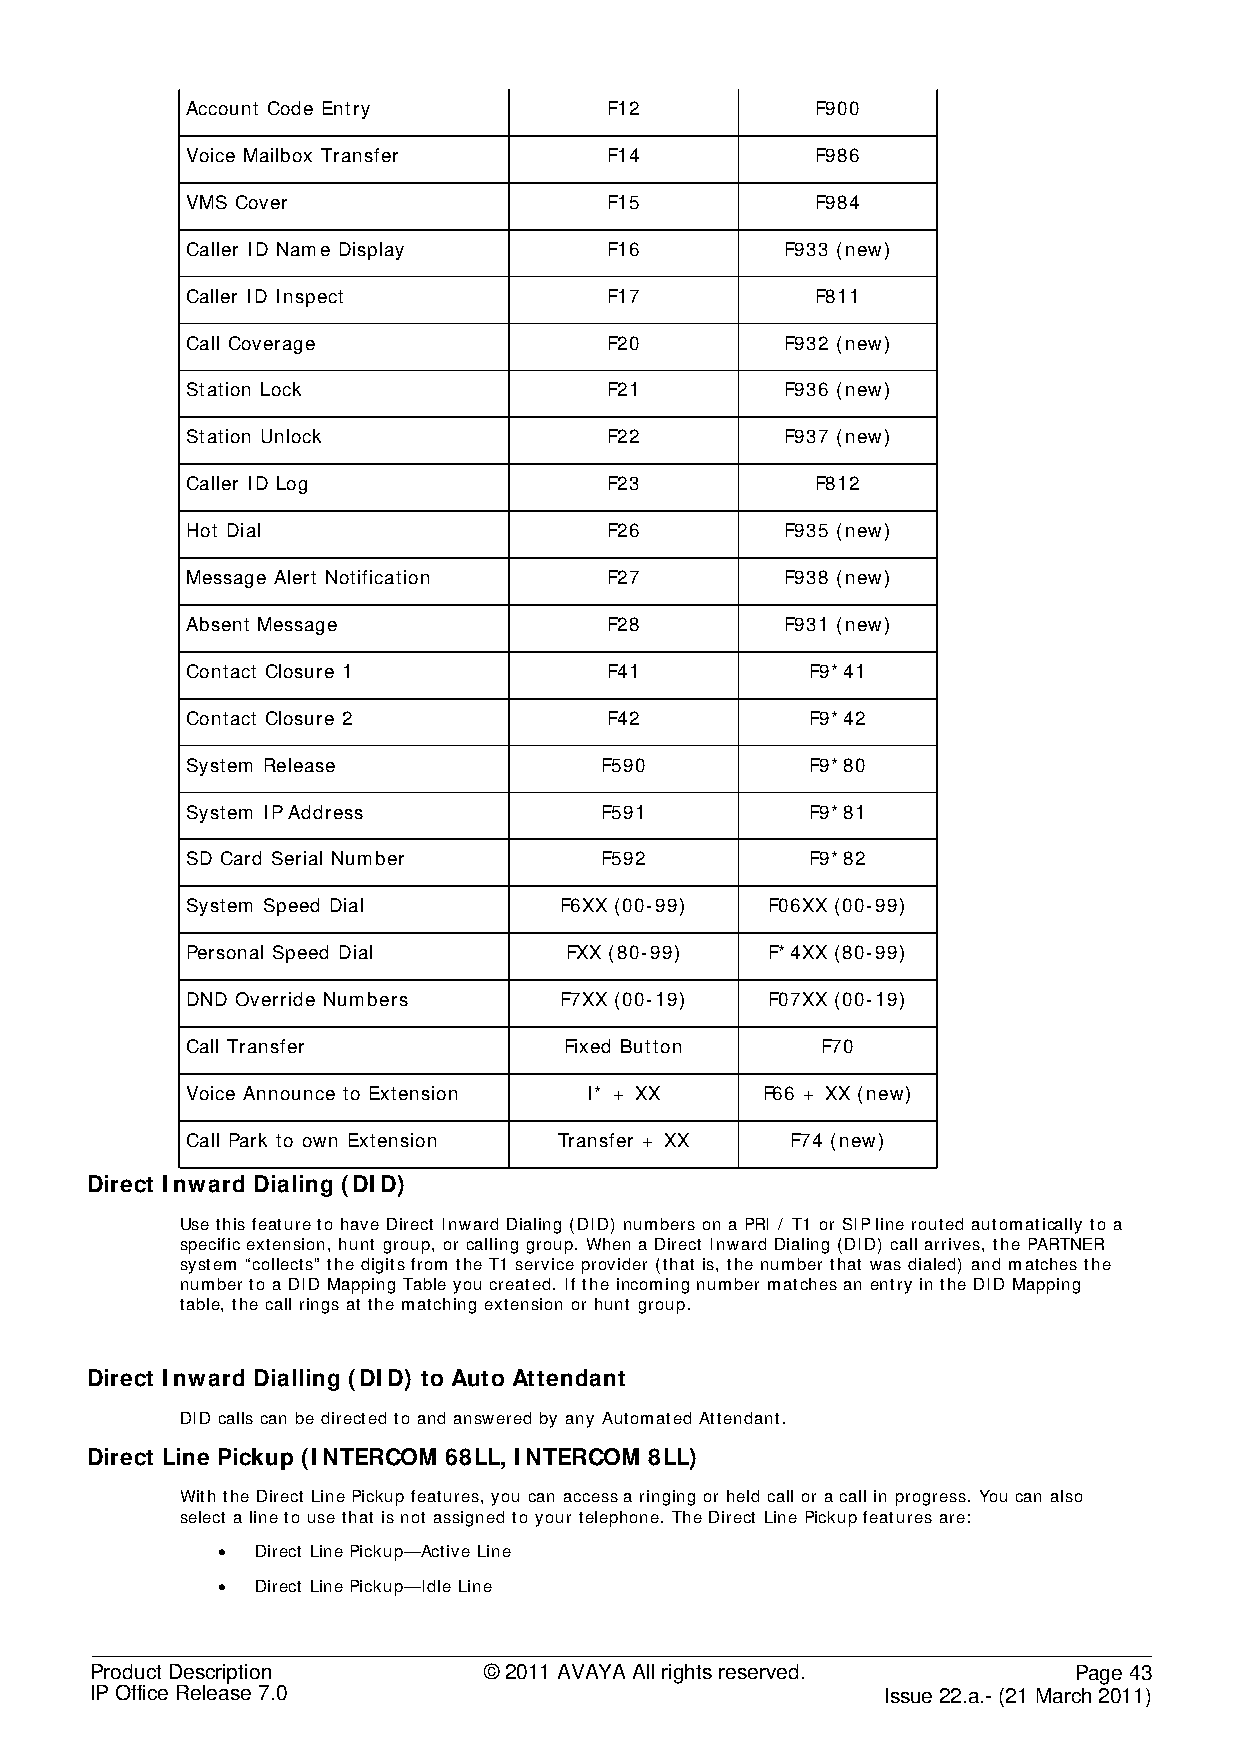
Account Code Entry          F12           F900
 Voice Mailbox Transfer      F14           F986
 VMS Cover                   F15           F984
 Caller ID Name Display      F16         F933 (new)
 Caller ID Inspect           F17           F811
 Call Coverage               F20         F932 (new)
 Station Lock                F21         F936 (new)
 Station Unlock              F22         F937 (new)
 Caller ID Log               F23           F812
 Hot Dial                    F26         F935 (new)
 Message Alert Notification  F27         F938 (new)
 Absent Message              F28         F931 (new)
 Contact Closure 1           F41           F9*41
 Contact Closure 2           F42           F9*42
 System Release              F590          F9*80
 System IP Address           F591          F9*81
 SD Card Serial Number       F592          F9*82
 System Speed Dial        F6XX (00-99)  F06XX (00-99)
 Personal Speed Dial      FXX (80-99)   F*4XX (80-99)
 DND Override Numbers     F7XX (00-19)  F07XX (00-19)
 Call Transfer            Fixed Button     F70
 Voice Announce to Extension I* + XX   F66 + XX (new)
 Call Park to own Extension Transfer + XX F74 (new)
 Direct Inward Dialing (DID)
 Use this feature to have Direct Inward Dialing (DID) numbers on a PRI / T1 or SIP line routed automatically to a
 specific extension, hunt group, or calling group. When a Direct Inward Dialing (DID) call arrives, the PARTNER
 system “collects” the digits from the T1 service provider (that is, the number that was dialed) and matches the
 number to a DID Mapping Table you created. If the incoming number matches an entry in the DID Mapping
 table, the call rings at the matching extension or hunt group.
 Direct Inward Dialling (DID) to Auto Attendant
 DID calls can be directed to and answered by any Automated Attendant.
 Direct Line Pickup (INTERCOM 68LL, INTERCOM 8LL)
 With the Direct Line Pickup features, you can access a ringing or held call or a call in progress. You can also
 select a line to use that is not assigned to your telephone. The Direct Line Pickup features are:
 •  Direct Line Pickup—Active Line
 •  Direct Line Pickup—Idle Line
 Product Description       © 2011 AVAYA All rights reserved.      Page 43
 IP Office Release 7.0                                Issue 22.a.- (21 March 2011)